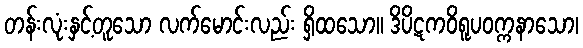
တန်းလုံးနှင့်တူသော လက်မောင်းလည်း ရှိထသော။ ဒိပိဋကဝိရူပဝက္ကနာသော၊